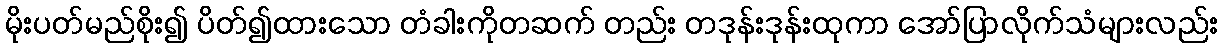
မိုးပတ်မည်စိုး၍ ပိတ်၍ထားသော တံခါးကိုတဆက် တည်း တဒုန်းဒုန်းထုကာ အော်ပြာလိုက်သံများလည်း